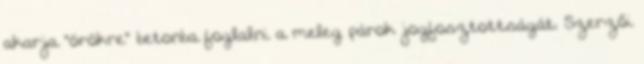
akarja "örökre" betonba foglalni a meleg párok jogfosztottságát. Szerzői